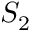
S _ { 2 }